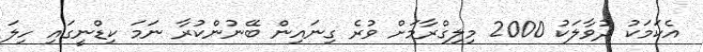
އެކަމަކު ދުވާލަކު 2000 މިލިގްރާމަށް ވުރެ ގިނައިން ބޭނުންކުރާ ނަމަ ކިޑްނީގައި ހިލަ